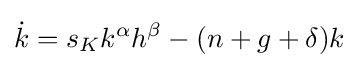
{\dot {k}}=s_{K}k^{\alpha }h^{\beta }-(n+g+\delta )k